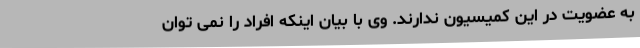
به عضویت در این کمیسیون ندارند. وی با بیان اینکه افراد را نمی توان